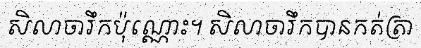
សិលាចារឹកប៉ុណ្ណោះ។ សិលាចារឹកបានកត់ត្រា